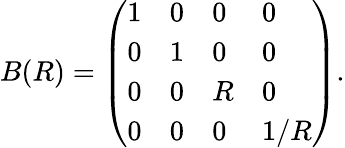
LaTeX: B(R)=\left(\begin{array}{llll}{{1}}&{{0}}&{{0}}&{{0}}\\ {{0}}&{{1}}&{{0}}&{{0}}\\ {{0}}&{{0}}&{{R}}&{{0}}\\ {{0}}&{{0}}&{{0}}&{{1/R}}\end{array}\right).